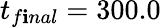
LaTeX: t_{f\mathbf{i}nal}=300.0